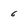
Character: 6